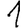
Digit: 1